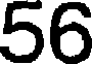
56